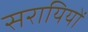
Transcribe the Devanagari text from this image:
सरायियों